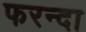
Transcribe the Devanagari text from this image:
फरन्दा